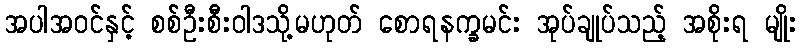
အပါအဝင်နှင့် စစ်ဦးစီးဝါဒသို့မဟုတ် စောရနက္ခမင်း အုပ်ချုပ်သည့် အစိုးရ မျိုး